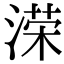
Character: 溁